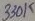
Text: 330K